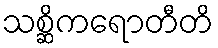
သစ္ဆိကရောတီတိ